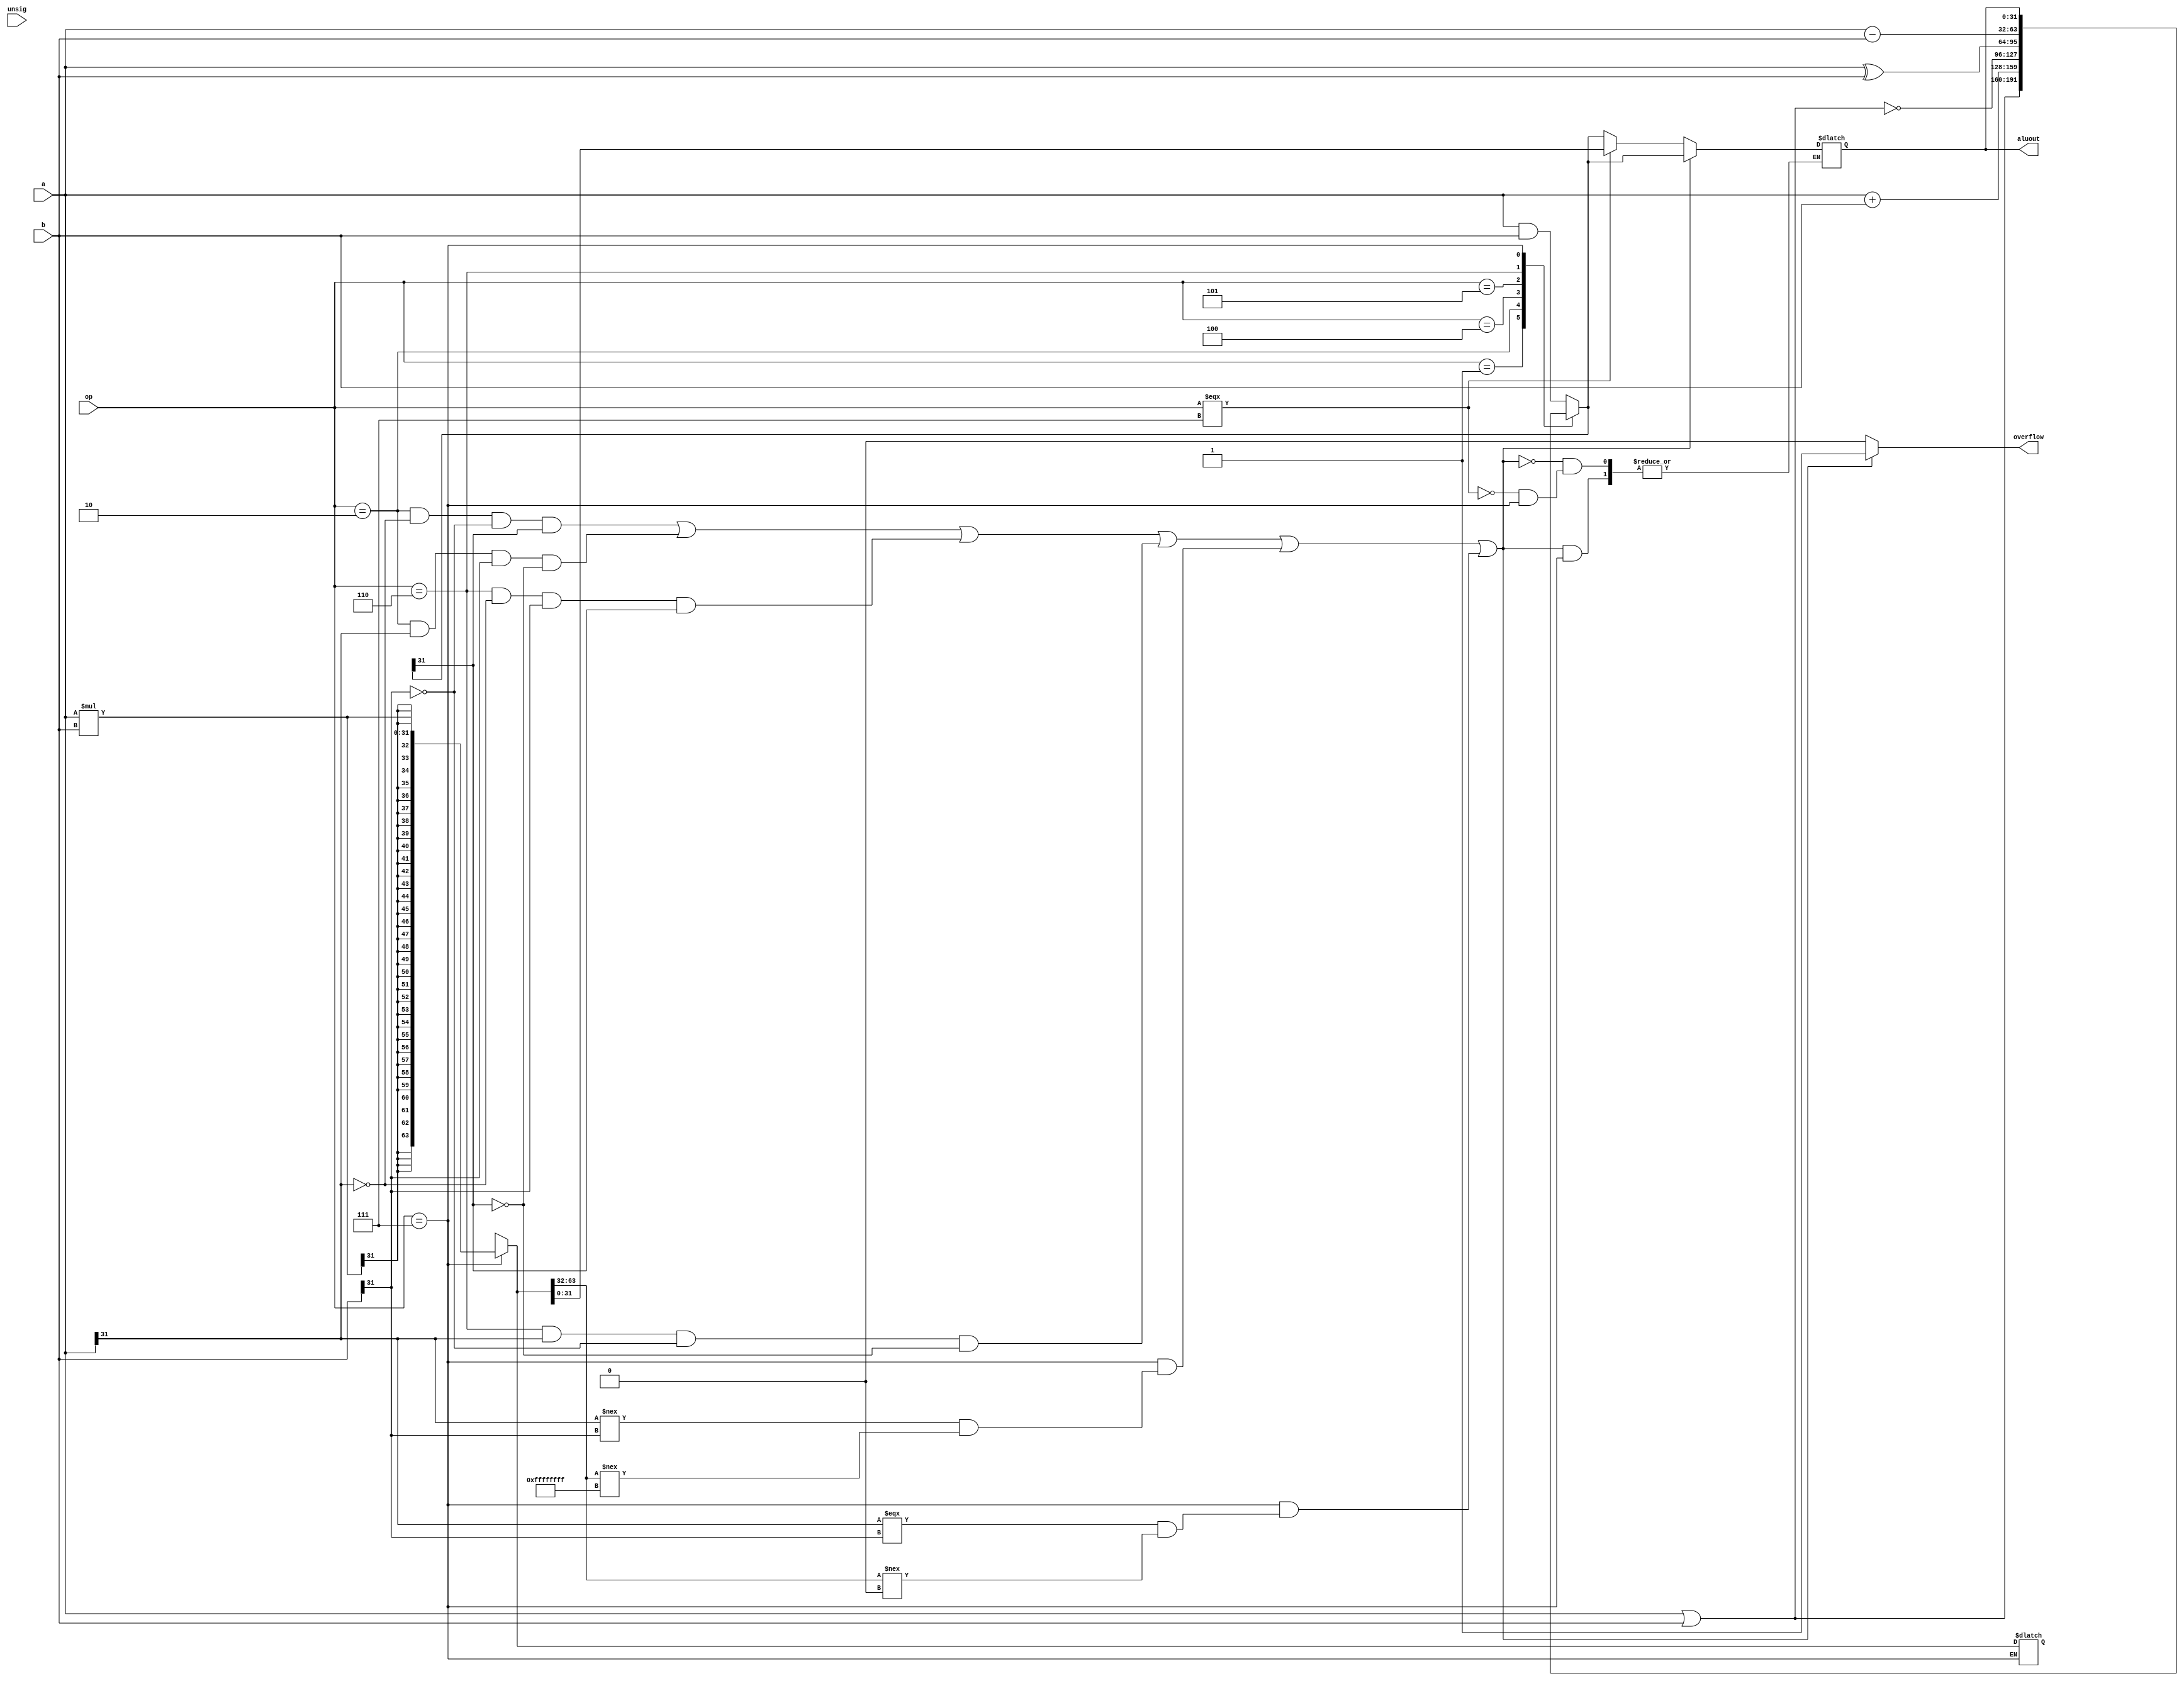
module Alu (
    input     [31:0]    a,
    input     [31:0]    b,
    output    [31:0]    aluout,
    input     [2:0]     op,
    input               unsig,
    output              overflow
);


    /////////////////////////////////////////////////////////////////////////////
    // Novos wires utilizados para garantir que a multiplicao seja feita le- //
    // vando o sinal em considerao                                           //
    /////////////////////////////////////////////////////////////////////////////
    wire signed [31:0] signed_a;
    wire signed [31:0] signed_b;
    assign signed_a = a;
    assign signed_b = b;

    reg [31:0] aluout_reg;
    reg        overflow_reg;

    ////////////////////////////////////////////////////////////////////////////
    // Novo registrador utilizado para armazenar o resultado da multiplicao //
    // incluindo possvel overflow                                            //
    ////////////////////////////////////////////////////////////////////////////
    reg signed  [63:0]    mul_reg;

    assign aluout = aluout_reg;
    assign overflow = overflow_reg;

    always @(*) begin
        case (op)
            3'b000:  aluout_reg = a & b;
            3'b001:  aluout_reg = a | b;
            3'b010:  aluout_reg = a + b;
            3'b100:  aluout_reg = ~(a | b);
            3'b101:  aluout_reg = a ^ b;
            3'b110:  aluout_reg = a - b;

            ///////////////////////////////////////////////////////////////////
            // Novo caso para o AluOP da multiplicao (111)                 //
            // A operao realiza a multiplicao dos dois valores levando o //
            // sinal em considerao e guarda o resultado em um registrador  //
            // intermedirio.                                                //
            ///////////////////////////////////////////////////////////////////
            3'b111:     mul_reg = $signed(signed_a * signed_b);
            default: aluout_reg = 32'hXXXX_XXXX;
        endcase
        if ((op==3'b010 & a[31]==0 & b[31]==0 & aluout_reg[31]==1) ||
            (op==3'b010 & a[31]==1 & b[31]==1 & aluout_reg[31]==0) ||
            (op==3'b110 & a[31]==0 & b[31]==1 & aluout_reg[31]==1) ||
            (op==3'b110 & a[31]==1 & b[31]==0 & aluout_reg[31]==0) ||
            /////////////////////////////////////////////////////////////////////
            // Novos casos de overflow para a multiplicao, que checam os     //
            // bits mais significativos de mul_reg. Se os operandos tem sinal  //
            // diferente, a operao deve resultar em um nmero negativo, o    //
            // que significa que, caso no haja overflow, os 32 bits mais sig- //
            // nificativos do resultado devem ser 1. Similarmente, para resul- //
            // tados positivos, esses bits devem ser 0.                        //
            /////////////////////////////////////////////////////////////////////
            (op==3'b111 & (a[31] !== b[31] & mul_reg[63:32] !== 32'hFFFF_FFFF)) ||
            (op==3'b111 & (a[31] === b[31] & mul_reg[63:32] !== 32'h0000_0000))) begin
            overflow_reg <= 1'b1;
        end else begin
            overflow_reg <= 1'b0;
            ////////////////////////////////////////////////////////////////////
            // Caso no haja overflow, os 32 bits menos significativos do re- //
            // sultado so copiados para o registrador destino.               //
            ////////////////////////////////////////////////////////////////////
            if (op===3'b111) begin
                aluout_reg <= mul_reg[31:0];
            end
        end
    end

endmodule